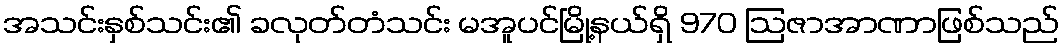
အသင်းနှစ်သင်း၏ ခလုတ်တံသင်း မအူပင်မြို့နယ်ရှိ 970 ဩဇာအာဏာဖြစ်သည်